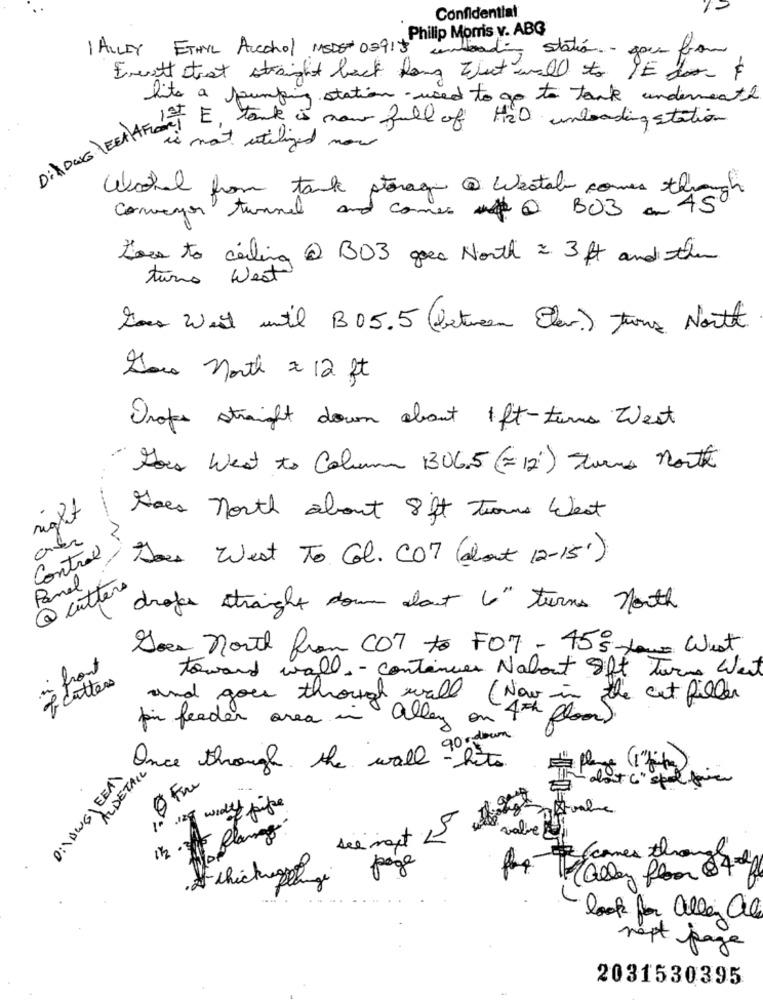
Confidential
I ALLEY ETHYL Alcohol MEDE 0291+Philip Morris v. ABG
undead station - you from
Everett strat straight back Rong what will to IE do F
hits a pumping station used to go to tank underneath
HED unloading station
DiADAG YEEAHFORT E, tank is now full of
is not utilized nou
Woche from tank storage @ Westal comes through
Conveyor tunnel and comes @ BO3 on 45
How to carling @ BO3 goes North 2 3 ft and then
turno Weat
Sous Wait until B05.5 (between Eter) trons North
Sou north x 12 ft
Drops straight down about 1 ft-turns West
Sous West to Column 13065 (-12) Ston north
right
Hoes North about 8 ft twous West
av
Control
Does West To Col. COM (about 12-15')
Panel
@ cutters
drops straight down about 6" turns North
Does north from COM to FO7 - 45% face West
toward wall - continues Nabout gift Turns Weit
f cutters
and goes through wall (Now in the cat filler
pir feeder area in allen on 4th floor)
Once through the wall 90%down
hits
D:\DWGLEEAL
ALDETAIL
alot C " spel faire
wide pipe
. flange
valve
page
forcomes through
alley floor 8400g
A chickregeling
look for allez ale
nept page
2031530395